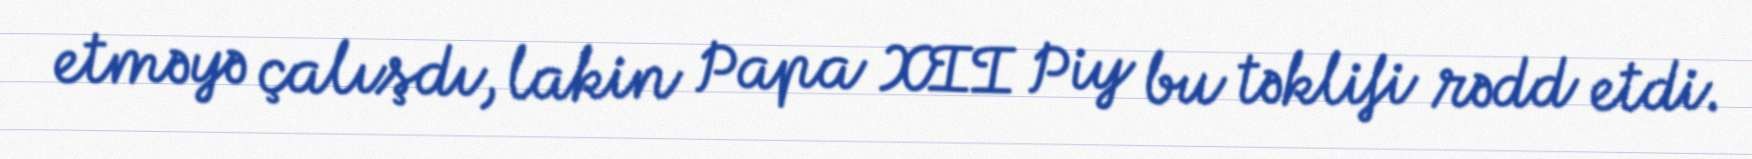
etməyə çalışdı, lakin Papa XII Piy bu təklifi rədd etdi.